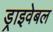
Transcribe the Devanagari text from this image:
ड्राइवेबल